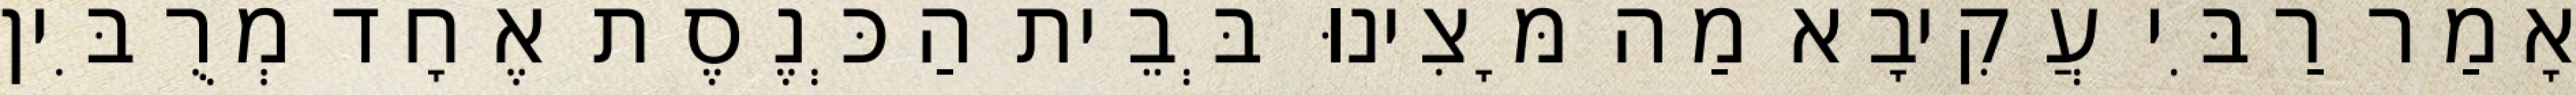
אָמַר רַבִּי עֲקִיבָא מַה מָּצִינוּ בְּבֵית הַכְּנֶסֶת אֶחָד מְרֻבִּין